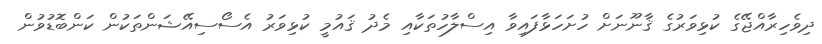
ދިވެހިރާއްޖޭގެ ކުޅިވަރުގެ ޤާނޫނަށް ހުށަހަޅާފައިވާ އިސްލާހުތަކާއި މެދު ޤައުމީ ކުޅިވަރު އެސޯސިއޭޝަންތަކުން ކަންބޮޑުވުން